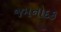
જમનોદક